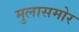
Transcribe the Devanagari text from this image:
मुलासमोर